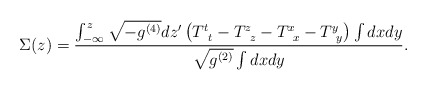
\begin{align*}\Sigma(z)=\frac{\int_{-\infty}^{z}\sqrt{-g^{(4)}} dz'\left(T^{t}_{\;\;t}-T^{z}_{\;\;z}-T^{x}_{\;\;x}-T^{y}_{\;\;y}\right)\int dx dy}{\sqrt{g^{(2)}} \int dx dy}.\end{align*}